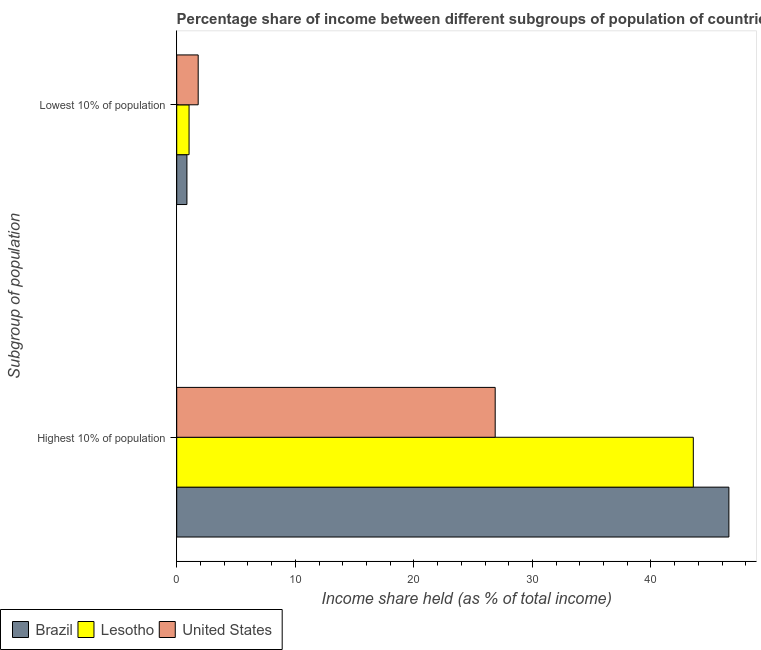
| Subgroup of population | Brazil | Lesotho | United States |
 | --- | --- | --- | --- |
 | Highest 10% of population | 46.6 | 43.6 | 26.9 |
 | Lowest 10% of population | 0.86 | 1.04 | 1.81 |